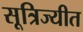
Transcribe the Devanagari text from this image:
सूत्रिज्यीत